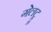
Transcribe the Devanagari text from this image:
गेलट्रू